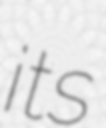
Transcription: its